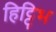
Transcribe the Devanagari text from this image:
हिट्टिभ